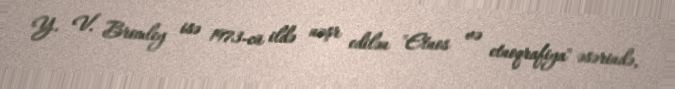
Y. V. Bromley isə 1973-cü ildə nəşr edilən "Etnos və etnoqrafiya" əsərində,